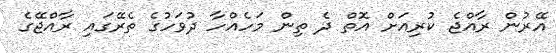
އޭރުން ރާއްޖެ ކުރިއަށް އޮތް ދެ ތިން މަހެއްހާ ދުވަހުގެ ތެރޭގައި ރާއްޖޭގެ